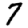
Digit: 7